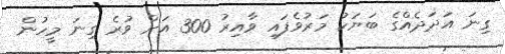
ގިނަ އަދަދެއްގެ ބަޔަކު މަރުވެފައި ވާއިރު 300 އަށް ވުރެ ގިނަ މީހުން